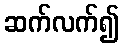
ဆက်လက်၍